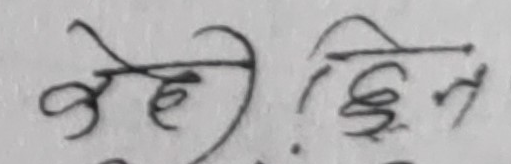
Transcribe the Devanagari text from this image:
जेही छिन